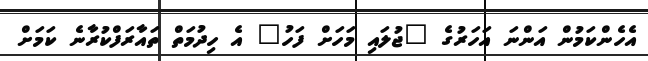
އެހެންކަމުން އަންނަ އަހަރުގެ "ޖުލައި މަހަށް ފަހު" އެ ހިދުމަތް ތައާރަފްކުރާނެ ކަމަށް